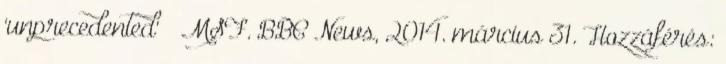
'unprecedented' – MSF. BBC News, 2014. március 31. Hozzáférés: